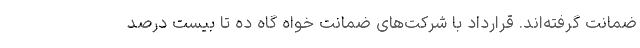
ضمانت گرفته‌اند. قرارداد با شرکت‌های ضمانت خواه گاه ده تا بیست درصد